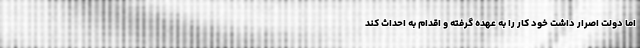
اما دولت اصرار داشت خود کار را به عهده گرفته و اقدام به احداث کند